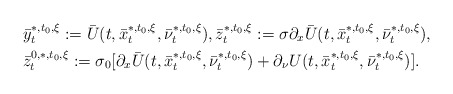
\begin{align*}\begin{aligned}&\bar y_t^{*,t_0,\xi}:=\bar U(t,\bar x_t^{*,t_0,\xi}, \bar \nu_t^{*,t_0,\xi}),\bar z_t^{*,t_0,\xi}:=\sigma\partial_x\bar U(t,\bar x_t^{*,t_0,\xi},\bar \nu_t^{*,t_0,\xi}),\\& \bar z_t^{0,*,t_0,\xi}:=\sigma_0[\partial_x\bar U(t,\bar x_t^{*,t_0,\xi},\bar\nu_t^{*,t_0,\xi})+\partial_\nu U(t,\bar x_t^{*,t_0,\xi},\bar\nu_t^{*,t_0,\xi})]. \end{aligned}\end{align*}